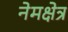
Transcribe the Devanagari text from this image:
नेमक्षेत्र